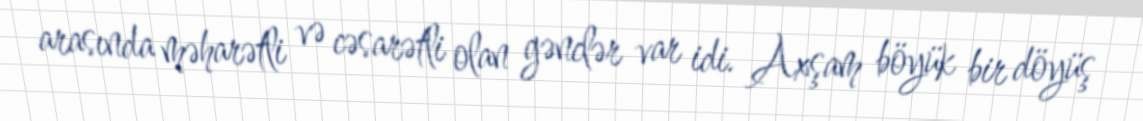
arasında məharətli və cəsarətli olan gənclər var idi. Axşam böyük bir döyüş